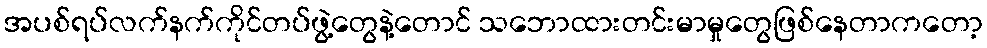
အပစ်ရပ်လက်နက်ကိုင်တပ်ဖွဲ့တွေနဲ့တောင် သဘောထားတင်းမာမှုတွေဖြစ်နေတာကတော့